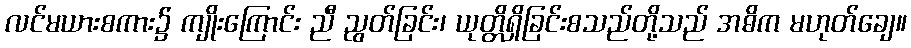
လင်မယားစကား၌ ကျိုးကြောင်း ညီ ညွတ်ခြင်း၊ ယုတ္တိရှိခြင်းစသည်တို့သည် အဓိက မဟုတ်ချေ။